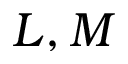
L , M